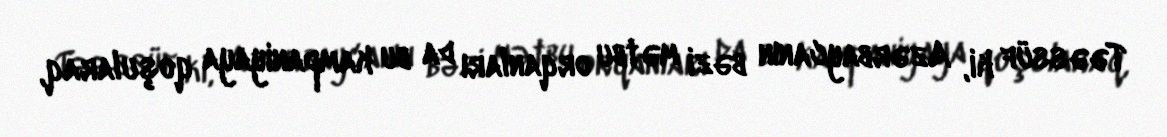
Təəssüf ki, Azərbaycanın bəzi mətbu orqanları da bu kampaniyaya qoşularaq,